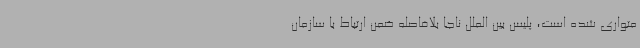
متواری شده است، پلیس بین الملل ناجا بلافاصله ضمن ارتباط با سازمان